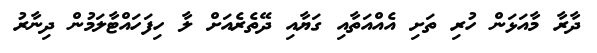
ދާރާ މާއަޅަން ހުރި ތަށި އެއްއަތާއި ގަޔާއި ދޭތެރެއަށް ލާ ހިފަހައްޓާލަމުން ދިނާރު